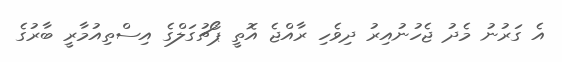
އެ ގަރުނު މެދު ޖެހުނުއިރު ދިވެހި ރާއްޖެ އޮތީ ޕޯޗުގަލްގެ އިސްތިއުމާރީ ބާރުގެ